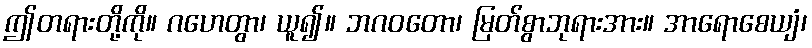
ဤတရားတို့ကို။ ဂဟေတွာ၊ ယူ၍။ ဘဂဝတော၊ မြတ်စွာဘုရားအား။ အာရောစေယျံ၊